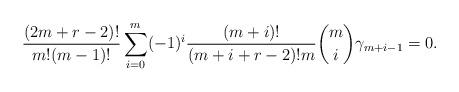
LaTeX: \begin{align*} \frac{(2m + r - 2)!}{m!(m-1)!}\sum\limits_{i=0}^{m} (-1)^i \frac{(m+i)!}{(m + i + r - 2)!m} {m \choose i} \gamma_{m + i - 1} = 0.\end{align*}